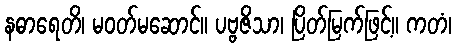
နဓာရေတိ၊ မဝတ်မဆောင်။ ပဗ္ဗဇိသာ၊ ပြိတ်မြက်ဖြင့်။ ကတံ၊